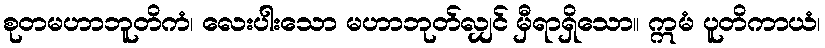
စုတမဟာဘူတိကံ၊ လေးပါးသော မဟာဘုတ်လျှင် မှီရာရှိသော။ ဣမံ ပူတိကာယံ၊